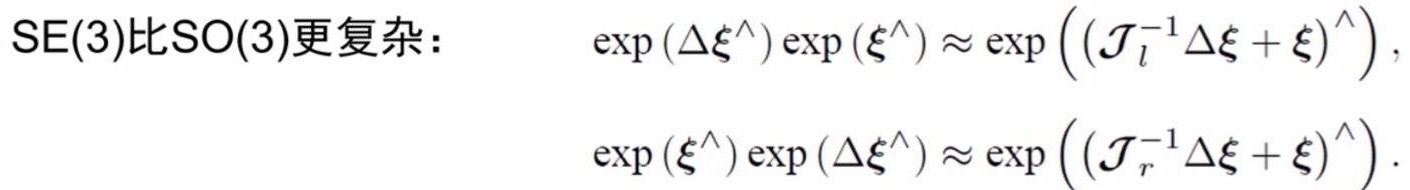
$\mathrm{SE}(3)\text{比}\mathrm{SO}(3)\text{更复杂：}\quad \exp \left(\Delta \boldsymbol{\xi}^{\wedge}\right) \exp \left(\boldsymbol{\xi}^{\wedge}\right) \approx \exp \left(\left(\mathcal{J}_{l}^{-1} \Delta \boldsymbol{\xi}+\boldsymbol{\xi}\right)^{\wedge}\right),$
$\exp \left(\boldsymbol{\xi}^{\wedge}\right) \exp \left(\Delta \boldsymbol{\xi}^{\wedge}\right) \approx \exp \left(\left(\mathcal{J}_{r}^{-1} \Delta \boldsymbol{\xi}+\boldsymbol{\xi}\right)^{\wedge}\right) .$